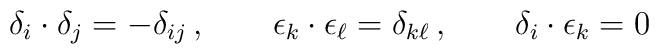
\delta_i\cdot\delta_j = -\delta_{ij}\, ,\qquad\epsilon_k\cdot\epsilon_\ell= \delta_{k\ell}\, ,\qquad\delta_i\cdot\epsilon_k=0